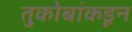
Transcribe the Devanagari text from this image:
तुकोबांकडून